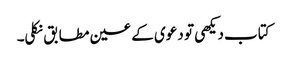
کتاب دیکھی تو دعوی کے عین مطابق نکلی۔